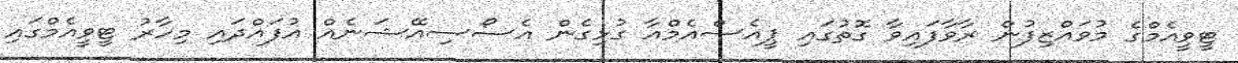
ޓީވީއެމްގެ މުވައްޒިފުން ރާވާފައިވާ ގޮތުގައި ޕީއެސްއެމްއާ ގުޅިގެން އެސޯސިއޭޝަނެއް އުފައްދައި މިހާރު ޓީވީއެމްގައި